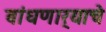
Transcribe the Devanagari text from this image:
बांधणार्‍याचे